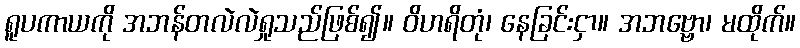
ရူပကာယကို အဘန်တလဲလဲရှုသည်ဖြစ်၍။ ဝိဟရိတုံ၊ နေခြင်းငှာ။ အဘဗ္ဗော၊ မထိုက်။